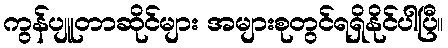
ကွန်ပျူတာဆိုင်များ အများစုတွင်ရရှိနိုင်ပါပြီ။